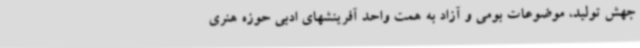
جهش تولید، موضوعات بومی و آزاد به همت واحد آفرینشهای ادبی حوزه هنری